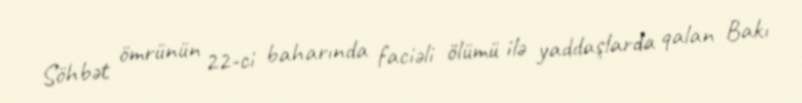
Söhbət ömrünün 22-ci baharında faciəli ölümü ilə yaddaşlarda qalan Bakı